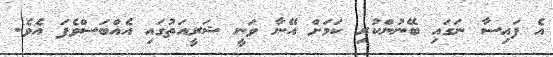
އެ ފައިސާ ނަގައި ބޭނުންކުރި ކަމަށް އޭނާ ވަނީ ޝަރީއަތުގައި އެއްބަސްވެފަ އެވެ.